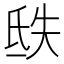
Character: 㲳